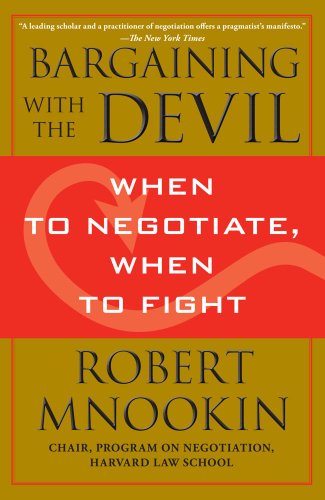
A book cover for Bargaining with the Devil: When to Negotiate, When to Fight; Robert Mnookin; Law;